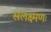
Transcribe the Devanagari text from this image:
सलक्ष्मणः